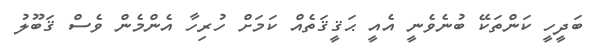
ބަދީހީ ކަންތަކޭ ބުނެވެނީ އެއީ ޙަޤީޤަތެއް ކަމަށް ހުރިހާ އެންމެން ވެސް ޤަބޫލު